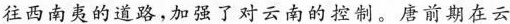
往西南夷的道路，加强了对云南的控制。唐前期在云